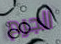
الجرم